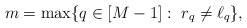
\begin{align*}m=\max\{q \in[M-1]:\ r_q \neq \ell_q \},\end{align*}